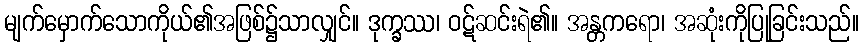
မျက်မှောက်သောကိုယ်၏အဖြစ်၌သာလျှင်။ ဒုက္ခဿ၊ ဝဋ်ဆင်းရဲ၏။ အန္တကရော၊ အဆုံးကိုပြုခြင်းသည်။